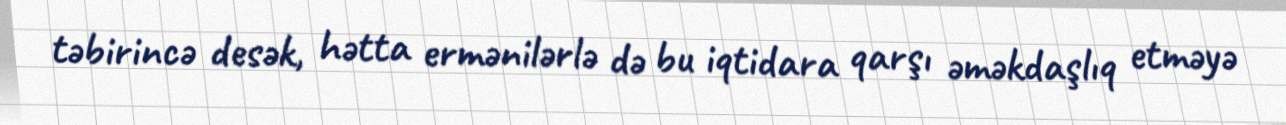
təbirincə desək, hətta ermənilərlə də bu iqtidara qarşı əməkdaşlıq etməyə